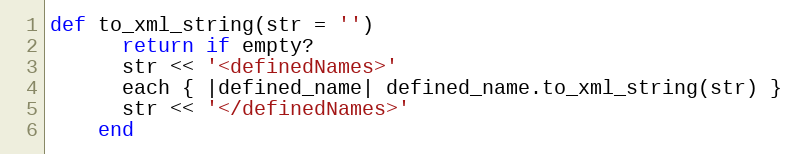
Language: Ruby
def to_xml_string(str = '')
      return if empty?
      str << '<definedNames>'
      each { |defined_name| defined_name.to_xml_string(str) }
      str << '</definedNames>'
    end